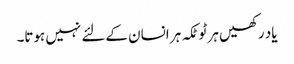
یاد رکھیں ہر ٹوٹکہ ہر انسان کےلئے نہیں ہوتا۔